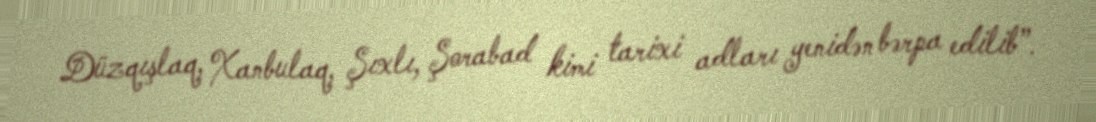
Düzqışlaq, Xanbulaq, Şıxlı, Şorabad kimi tarixi adları yenidən bərpa edilib”.